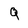
Character: Q